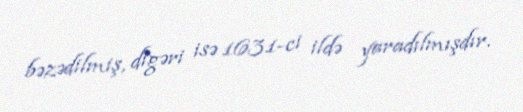
bəzədilmiş, digəri isə 1631-ci ildə yaradılmışdır.